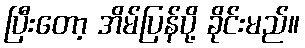
ပြီးတော့ အိမ်ပြန်ပို့ ခိုင်းမည်။